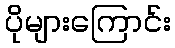
ပိုများကြောင်း